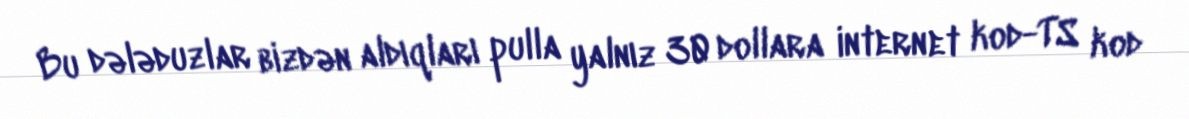
Bu dələduzlar bizdən aldıqları pulla yalnız 30 dollara internet kod-TS kod